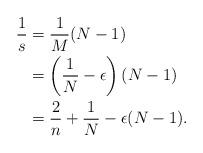
LaTeX: \begin{align*}\begin{aligned}\frac{1}{s} &= \frac{1}{M}(N-1)\\&= \left(\frac{1}{N}-\epsilon\right)(N-1) \\&= \frac{2}{n} + \frac{1}{N} - \epsilon (N-1).\end{aligned}\end{align*}